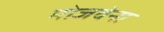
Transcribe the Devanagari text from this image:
मोजवेना